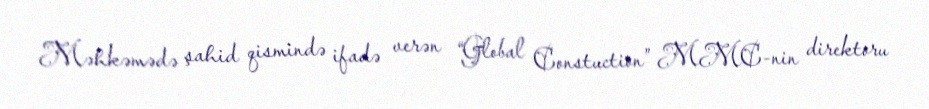
Məhkəmədə şahid qismində ifadə verən “Global Constuction” MMC-nin direktoru